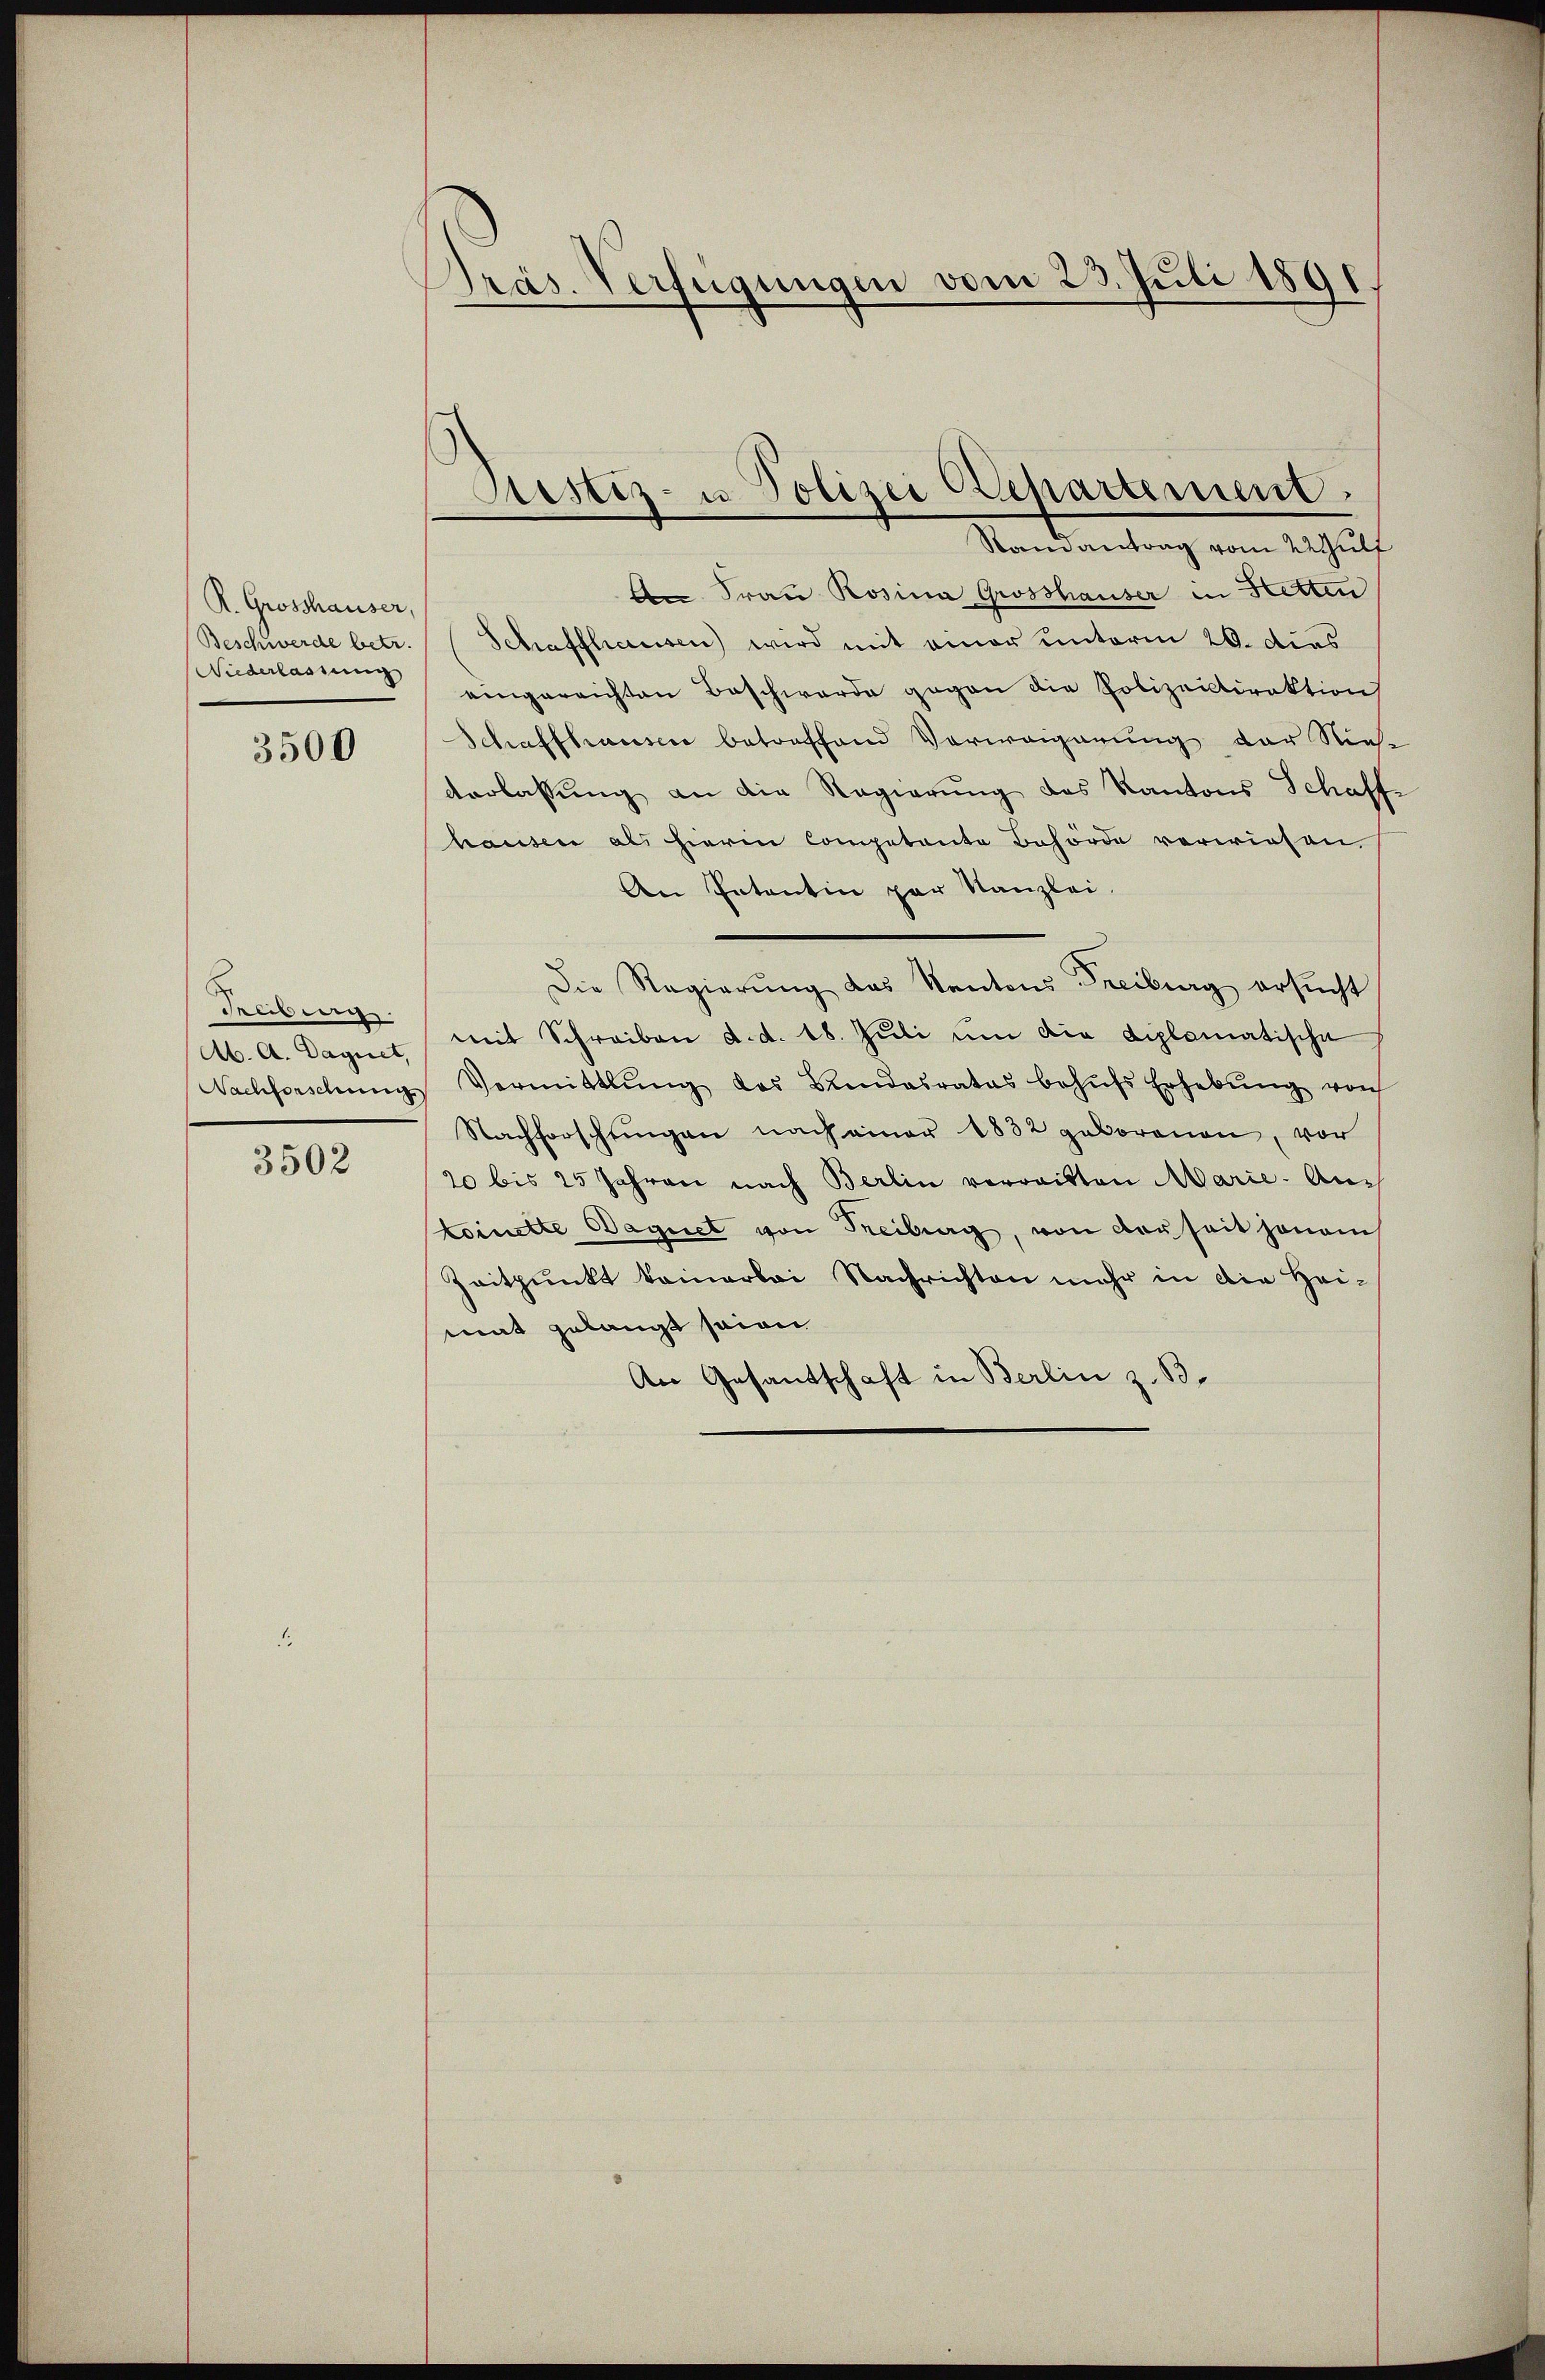
R. Grosshauser,
Beschwerde betr
Niederlassung

3500

Musen.
Ab. A. Daguet,
Nachforschung

3502

Präs. Verfügungen vom 23. Juli 1891

Bestiz- u Polizei Departement.
Randantrag vom 22 Julf

Frau Rosina Grosshauser in Hetten
Schaffhausen) wird mit einer unterm 20. dies
eingereichten Beschwerde gegen die Polizeidirektion
Schaffhauser betreffend Verweigerung der Nie-
Verlassung an die Regierung des Kantons Schaff-
hausen als hierin competente Behörde verwiesen.
An Patentin par Kanzlei.
Die Regierŭng das Kantons Freiburg ersŭcht
mit Schreiben d. d. 18. Jŭli ŭm die diplomatische
Vermittlung des Bundesrates behŭfs Erhebŭng von
Nachforschŭngen nach einer 1832 geborenen, vor
20 bis 25 Jahren nach Berlin verraitten Marie-Ankoinette Wagnet von Freiburg, von derseit honam
Zeitpunkt keinerlei Nachrichten mehr in die Heimat gelangt seien
An Gesandschaft in Berlin z. B.